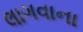
લાગવાના